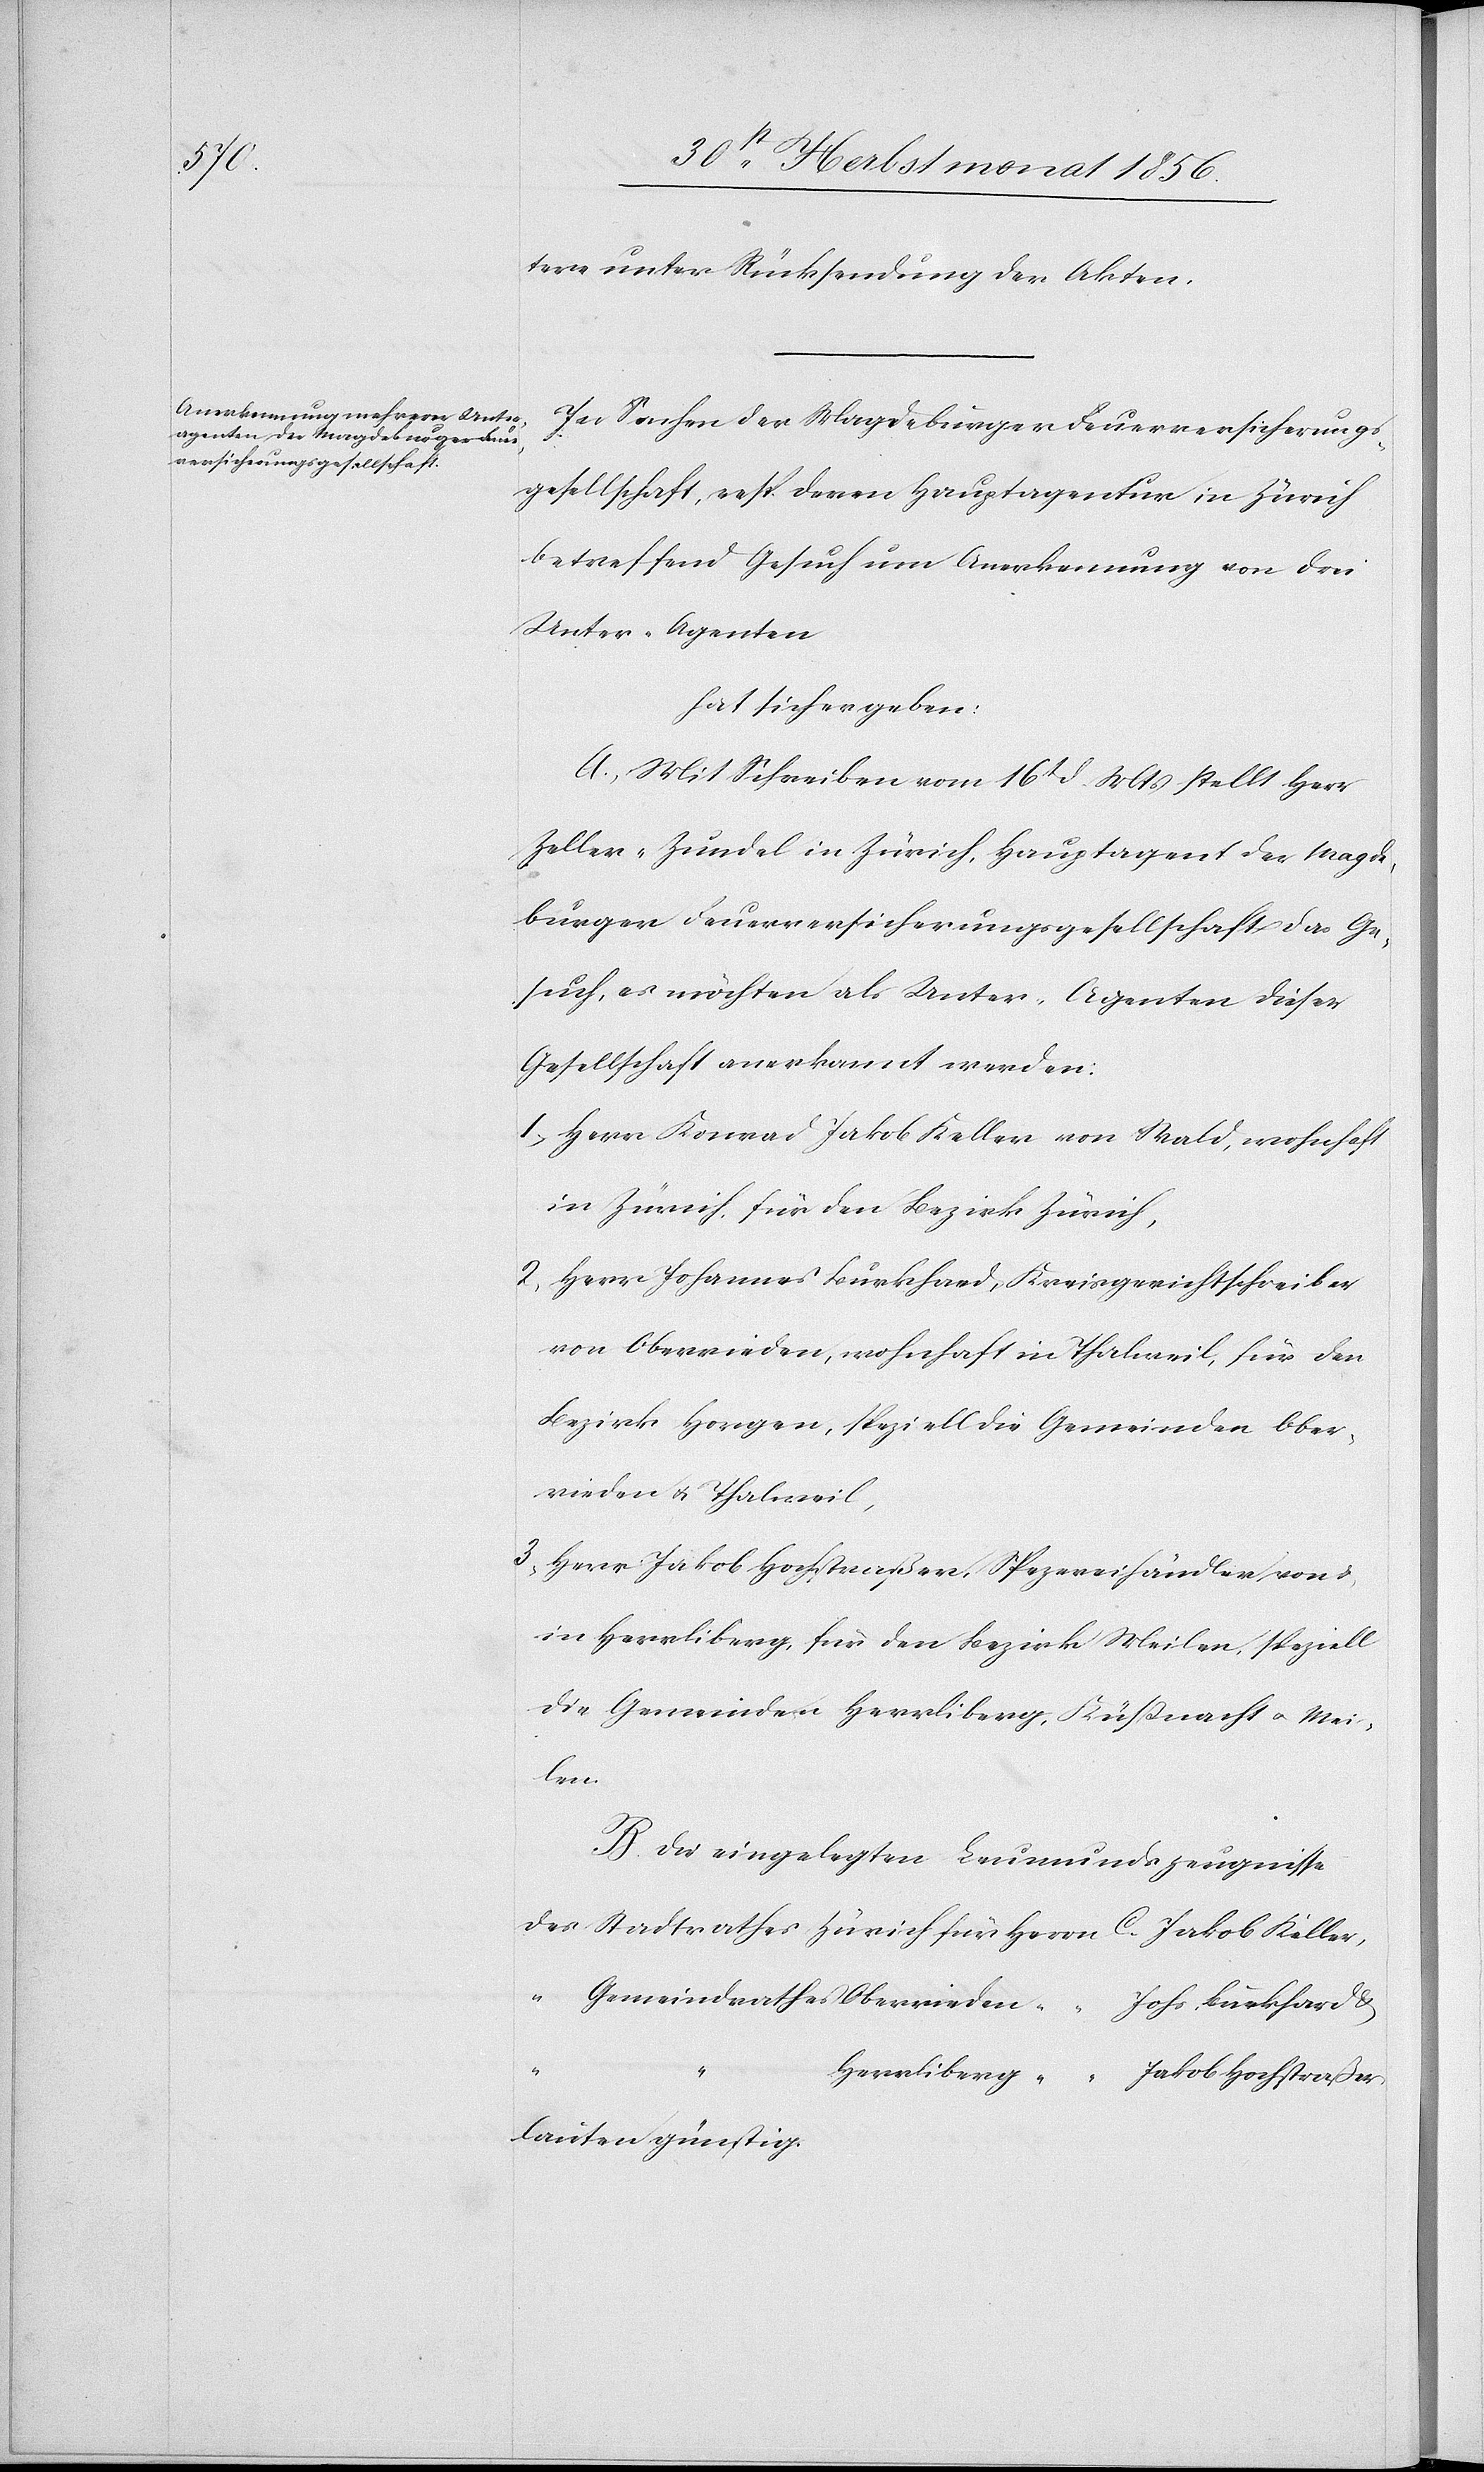
tere unter Rücksendung der Akten.
In Sachen der Magdeburger Feuerversicherungs¬
gesellschaft, resp. deren Hauptagentur in Zürich
betreffend Gesuch um Anerkennung von drei
Unter-Agenten
hat sich ergeben:
A.) Mit Schreiben vom 16t d. Mts stellt Herr
Zeller-Zundel in Zürich, Hauptagent der Magde¬
burger Feuerversicherungsgesellschaft das Ge¬
such, es möchten als Unter-Agenten dieser
Gesellschaft anerkannt werden:
1.) Herr Konrad Jakob Keller von Wald, wohnhaft
in Zürich, für den Bezirk Zürich,
2.) Herr Johannes Burkhard, Kreisgerichtschreiber
von Oberrieden, wohnhaft in Thalweil, für den
Bezirk Horgen, speziell die Gemeinden Ober¬
rieden u. Thalweil,
3.) Herr Jakob Hochstraßer, Spezereihändler von &
in Herrliberg, für den Bezirk Meilen, speziell
die Gemeinden Herrliberg, Küssnacht u. Mei¬
len.
B.) Die eingelegten Leumundszeugnisse
des Stadtrathes Zürich	für Herrn C. [sic!] Jakob Keller,
“	Gemeindrathes Oberrieden	 “	“	 Johs. Burkhard &
lauten günstig.